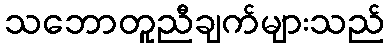
သဘောတူညီချက်များသည်